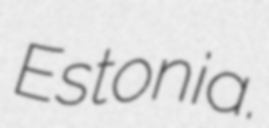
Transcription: Estonia.